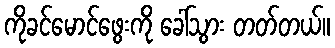
ကိုခင်မောင်ဖွေးကို ခေါ်သွား တတ်တယ်။